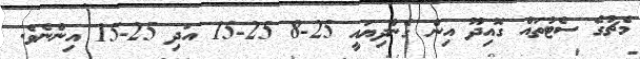
މެޗުގެ ސެޓުތައް ގޮއިދޫ އިން ގެންދިޔައީ 25-8 25-15 އަދި 25-15 އިންނެވެ.